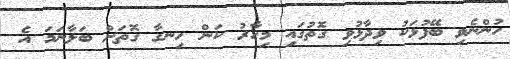
ހުންނެވި ބޭފުޅަކު ވިދާޅުވި ގޮތުގައި މިހާރު ކަން ހިނގާ ގޮތަށް ބަލާނަމަ އެ